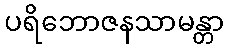
ပရိဘောဇနသာမန္တာ